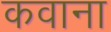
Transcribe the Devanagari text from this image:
कवाना